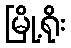
မြို့ရိုး